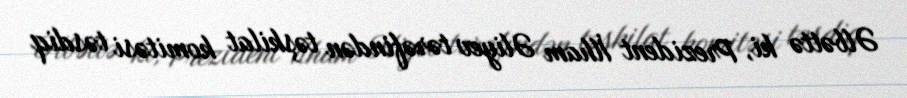
Əlbəttə ki, Prezident İlham Əliyev tərəfindən təşkilat komitəsi təsdiq